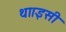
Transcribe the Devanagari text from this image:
था।इसी